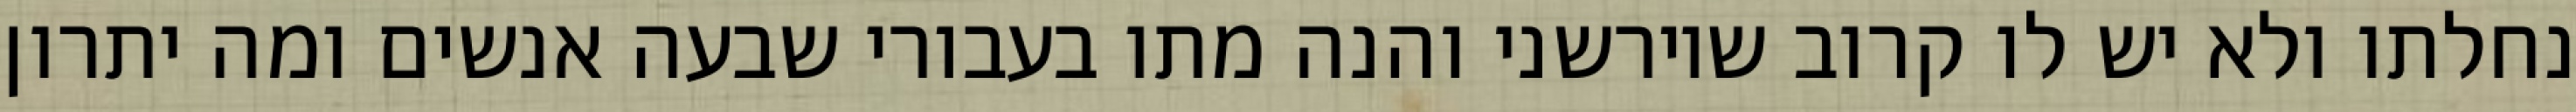
נחלתו ולא יש לו קרוב שיורשני והנה מתו בעבורי שבעה אנשים ומה יתרון